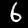
Label: 6